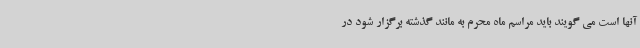
آنها است می گویند باید مراسم ماه محرم به مانند گذشته برگزار شود در